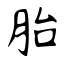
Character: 胎